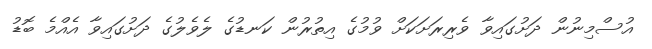
އުސްމިނުން ދަށުގައިވާ ވެރިރަށަކަށް ވުމުގެ އިތުރުން ކަނޑުގެ ލެވެލުގެ ދަށުގައިވާ އެއްމެ ބޮޑު